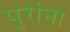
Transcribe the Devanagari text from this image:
पुरांना